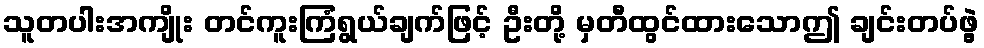
သူတပါးအကျိုး တင်ကူးကြံရွယ်ချက်ဖြင့် ဦးတို့ မှတီထွင်ထားသောဤ ချင်းတပ်ဖွဲ့